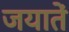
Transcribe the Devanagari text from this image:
जयातें